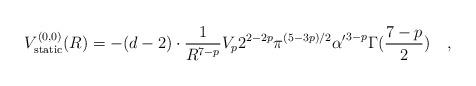
LaTeX: \begin{align*}V_{\rm static}^{(0,0)} (R)= - (d-2) \cdot {{1}\over{R^{7-p}}} V_{p} 2^{2-2p} \pi^{(5-3p)/2} {\alpha^{\prime}}^{3-p} \Gamma ({{7-p}\over{2}}) \quad , \end{align*}